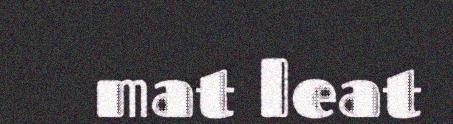
mat leat